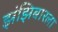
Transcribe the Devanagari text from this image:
झंझिबारला